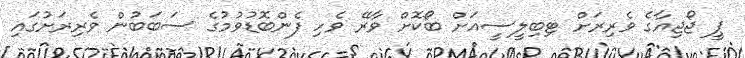
ޕީ ޖޯޖިއާގެ ވެރިރަށް ޓިބިލީސީއަށް ބޯކޮށް ވާރޭ ވެހި ފެންބޮޑުވުމުގެ ސަބަބުން ވެރިރަށުގައި